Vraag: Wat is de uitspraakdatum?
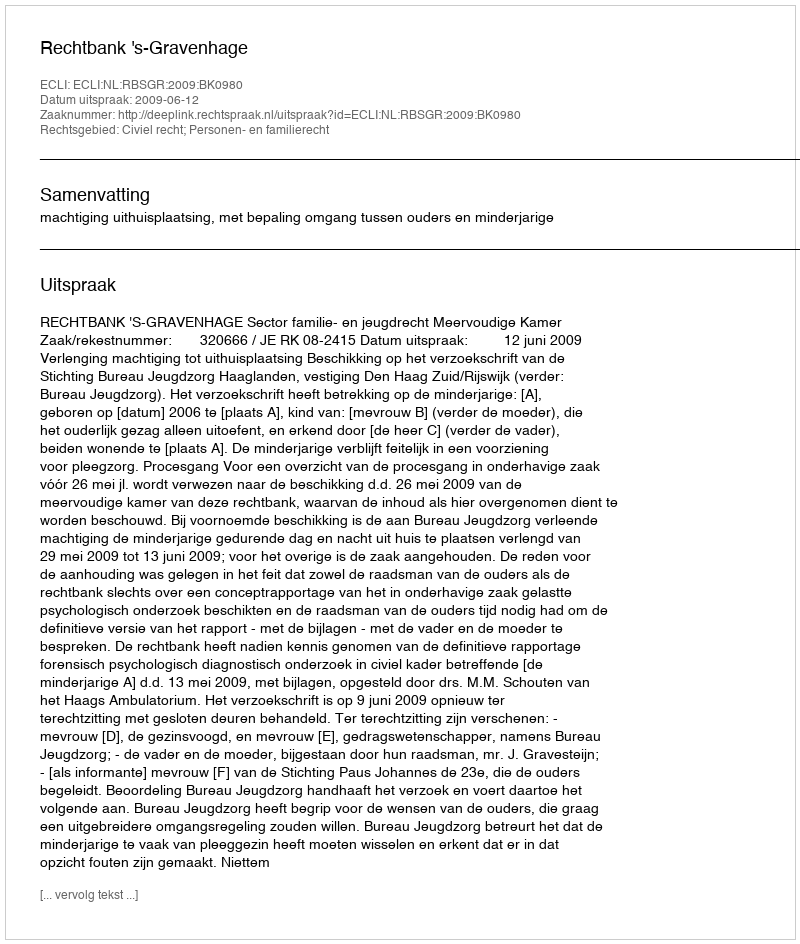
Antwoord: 2009-06-12